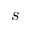
s